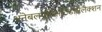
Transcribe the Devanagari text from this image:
अनेबलपर्सिसटिडसिलेक्शन